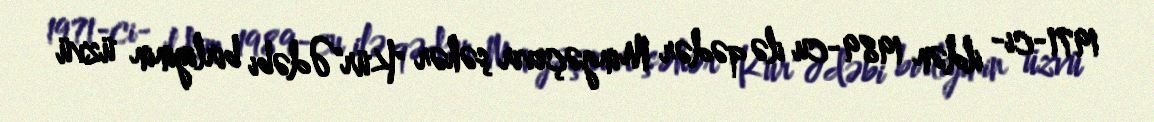
1971-ci- ildən 1989-cu ilə qədər Mingəçevir şəhər "Kür"Ədəbi birliyinin üzvü